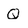
Character: Q